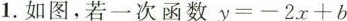
1.如图，若一次函数$$y = - 2 x + b$$